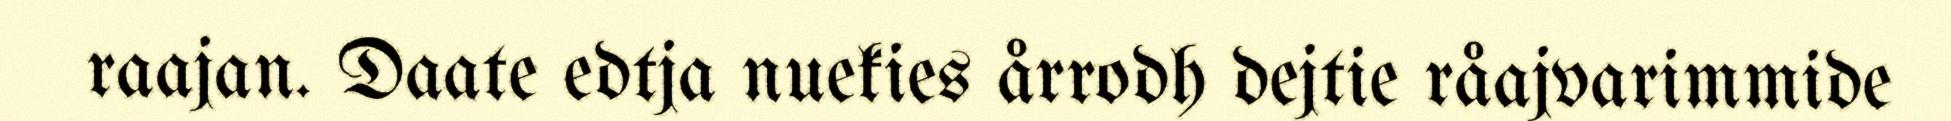
raajan. Daate edtja nuekies årrodh dejtie råajvarimmide